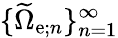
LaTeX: \{ \widetilde{\Omega}_{\mathrm{e};n}\} _{n=1}^{\infty}